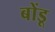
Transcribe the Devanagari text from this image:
बोंडू